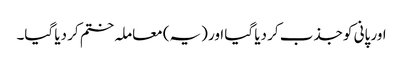
اور پانی کو جذب کر دیا گیا اور (یہ) معاملہ ختم کر دیا گیا۔